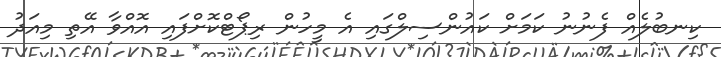
ކިނބުލެއް ފެނުނު ކަމަށް ކައުންސިލްގައި އެ މީހުން ރިޕޯޓްކޮށްފައި އޮއްވާ އޭތި މިއަދު